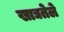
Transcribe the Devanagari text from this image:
खाद्यतेले